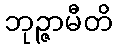
ဘုဉ္ဇာမီတိ